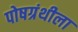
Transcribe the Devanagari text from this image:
पोषग्रंथीला